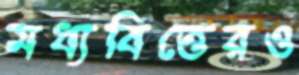
মধ্যবিত্তেরও